Jaan_Tonisson_(Lasteleht), lk 271
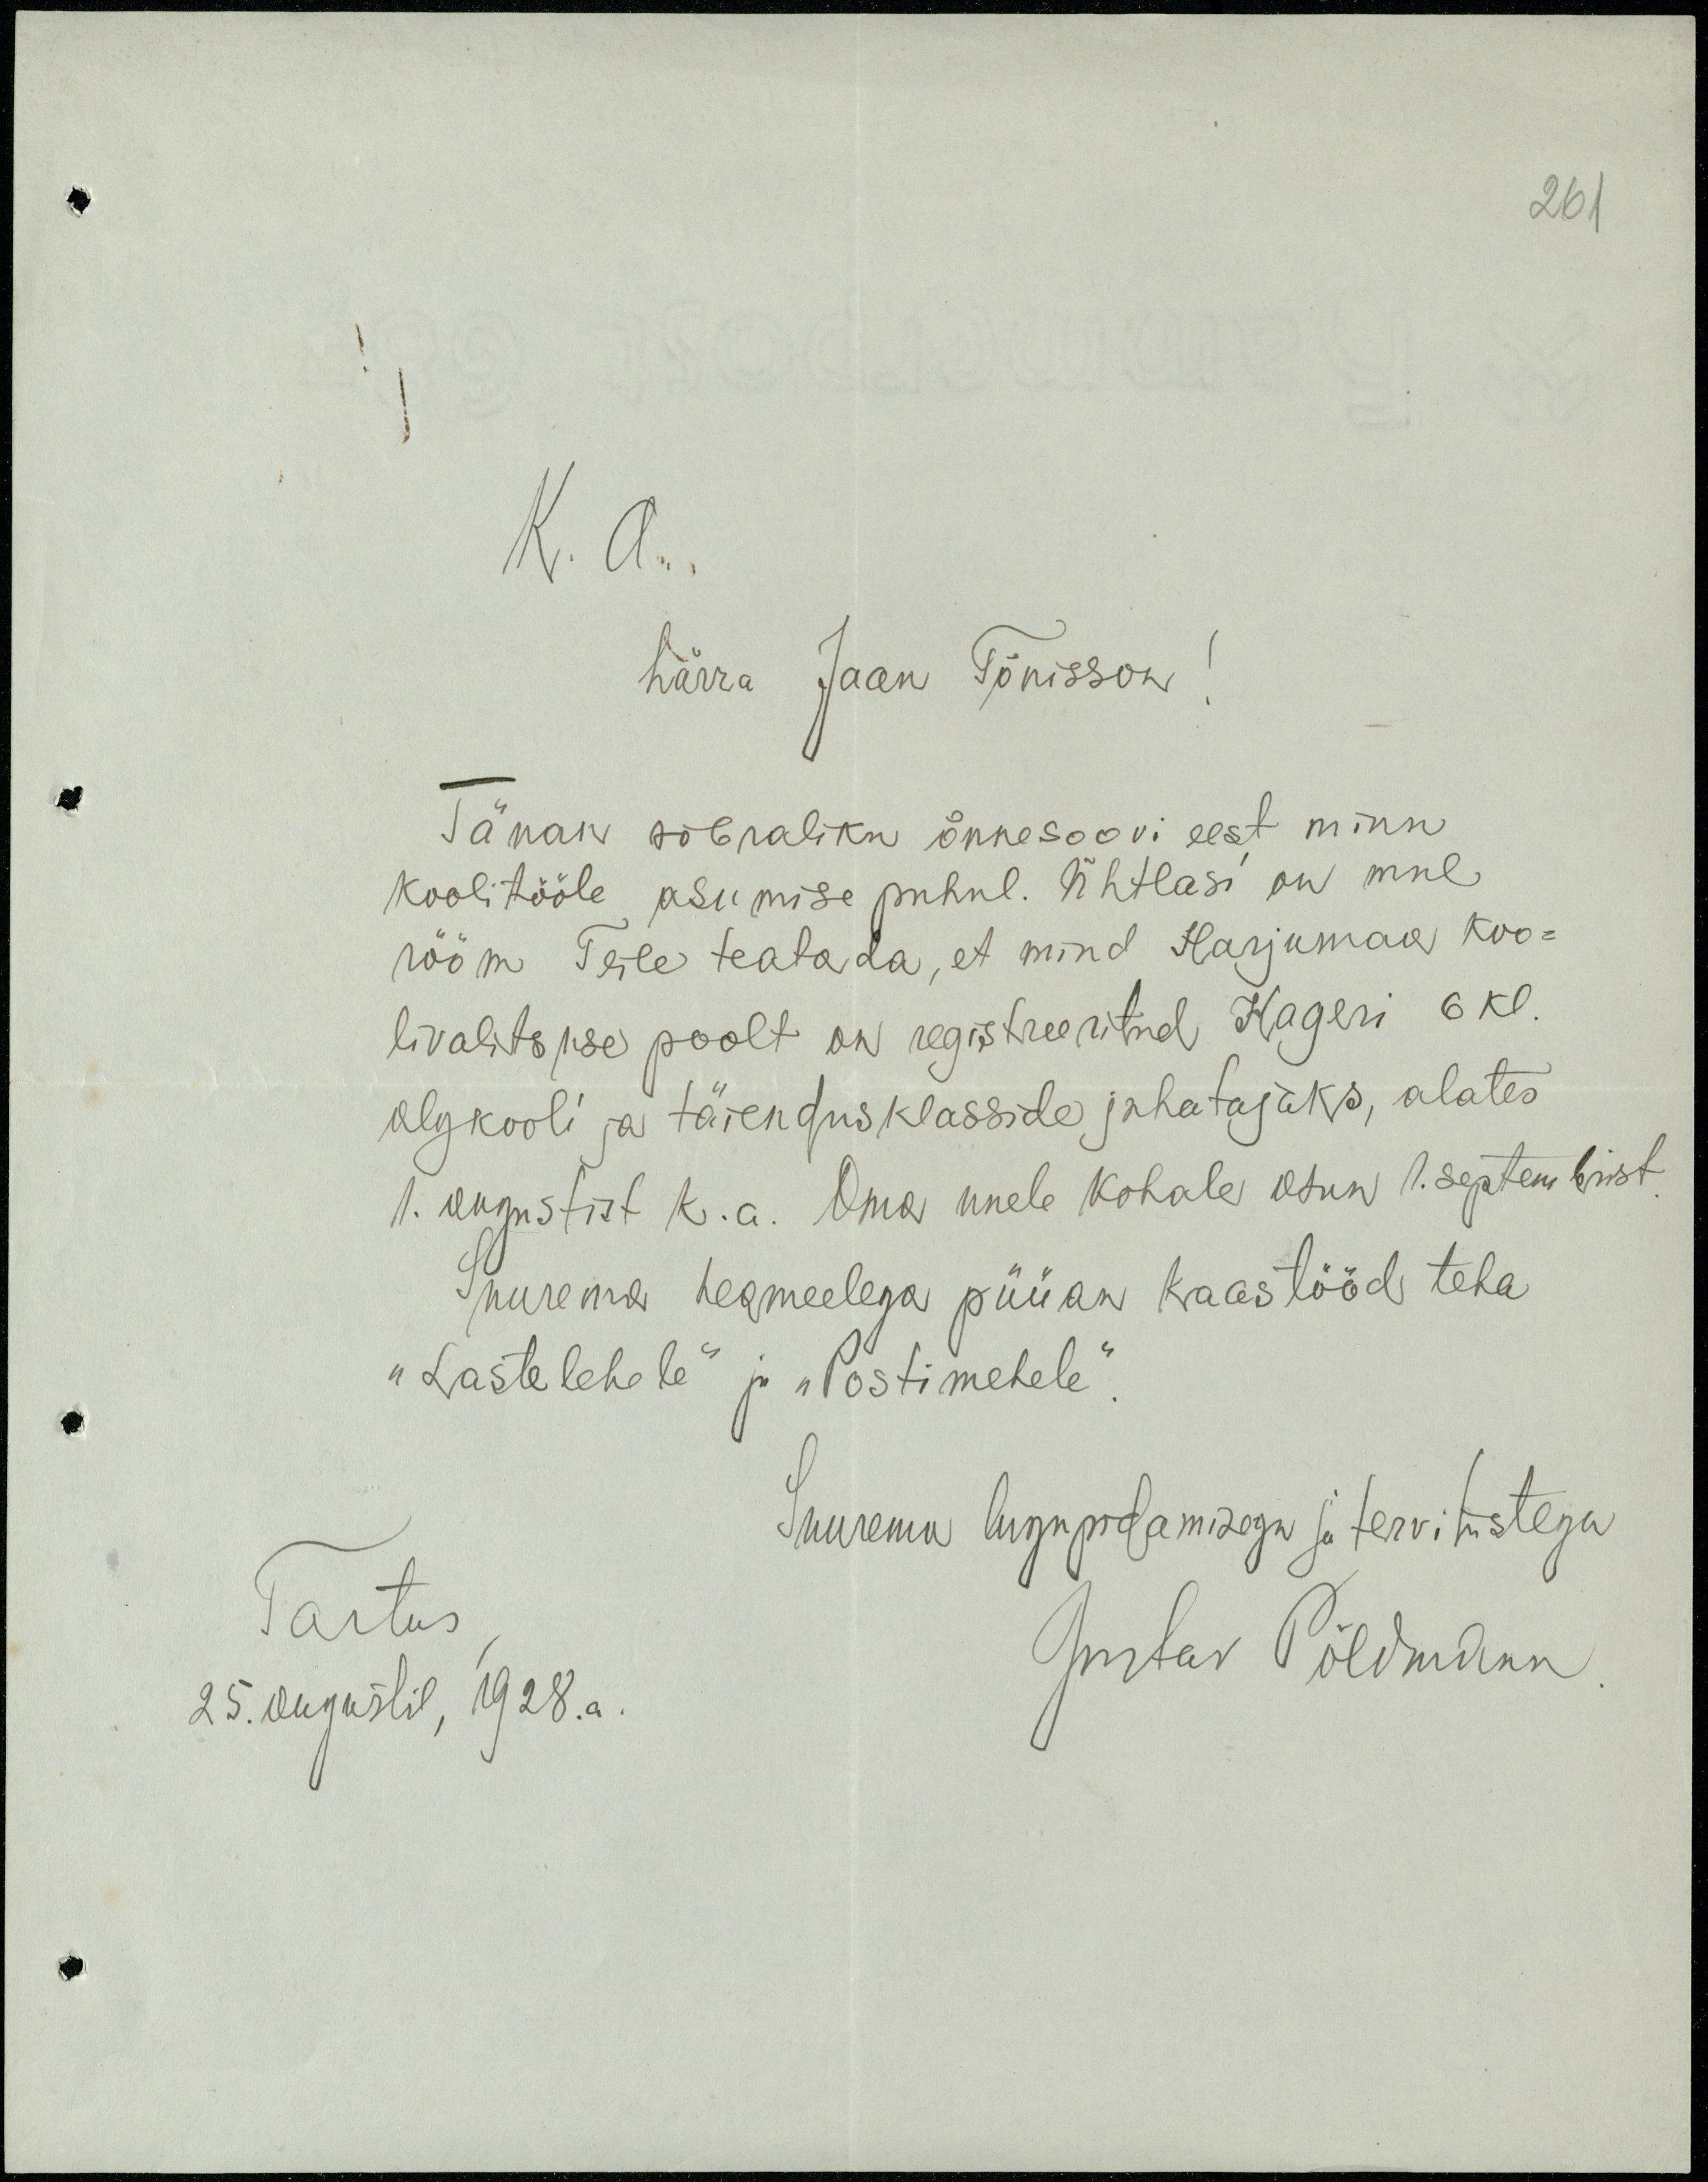
261
K. a..
härra Jaan Tõnisson!
Tänan sõbraliku õnnesoovi eest minu
koolitööle asumise puhul. Ühtlasi on mul
rõõm Teile teatada, et mind Harjumaa koo-
livalitsuse poolt on registreeritud Hageri 6 kl.
algkooli ja täiendusklasside juhatajaks, alates
1. augustist k.a. Oma uuele kohale asun 1. septembrist
Suurema heameelega püüan kaastööd teha
"Lastelehele" ja "Postimehele."
Suurema lugepidamisega ja tervitustega
Tartus
25. augustil, 1928.a.
Gustav Põldmann